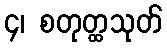
၄၊ စတုတ္ထသုတ်